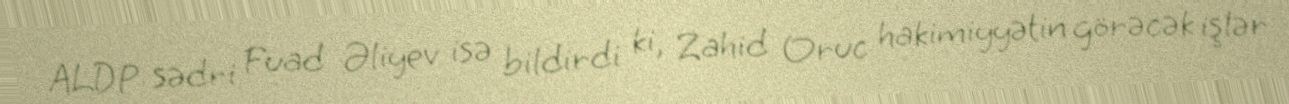
ALDP sədri Fuad Əliyev isə bildirdi ki, Zahid Oruc hakimiyyətin görəcək işlər